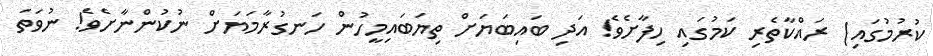
ކުރުމުގައި) ރައްކާތެރި ކަމުގައި ހިފާށެވެ! އަދި ބައިބަޔަށް ތިޔަބައިމީހުން ހަނގުރާމަޔަށް ނުކުންނާށެވެ! ނުވަތަ